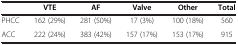
|  | VTE | AF | Valve | Other | Total |
 | --- | --- | --- | --- | --- | --- |
 | PHCC | 162 (29%) | 281 (50%) | 17 (3%) | 100 (18%) | 560 |
 | ACC | 222 (24%) | 383 (42%) | 157 (17%) | 153 (17%) | 915 |